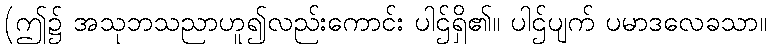
(ဤ၌ အသုဘသညာဟူ၍လည်းကောင်း ပါဌ်ရှိ၏။ ပါဌ်ပျက် ပမာဒလေခသာ။